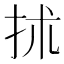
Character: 𢫖